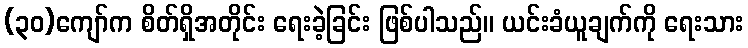
(၃၀)ကျော်က စိတ်ရှိအတိုင်း ရေးခဲ့ခြင်း ဖြစ်ပါသည်။ ယင်းခံယူချက်ကို ရေးသား